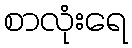
စာလုံးရေ